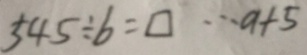
5 4 5 \div b = \square \cdots a + 5